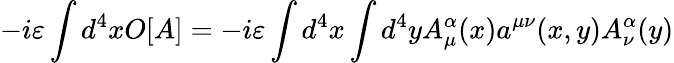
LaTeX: -i\varepsilon\int d^{4}xO[A]=-i\varepsilon\int d^{4}x\int d^{4}yA_{\mu}^{\alpha}(x)a^{\mu\nu}(x,y)A_{\nu}^{\alpha}(y)